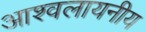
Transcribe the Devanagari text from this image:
आश्वलायनीय